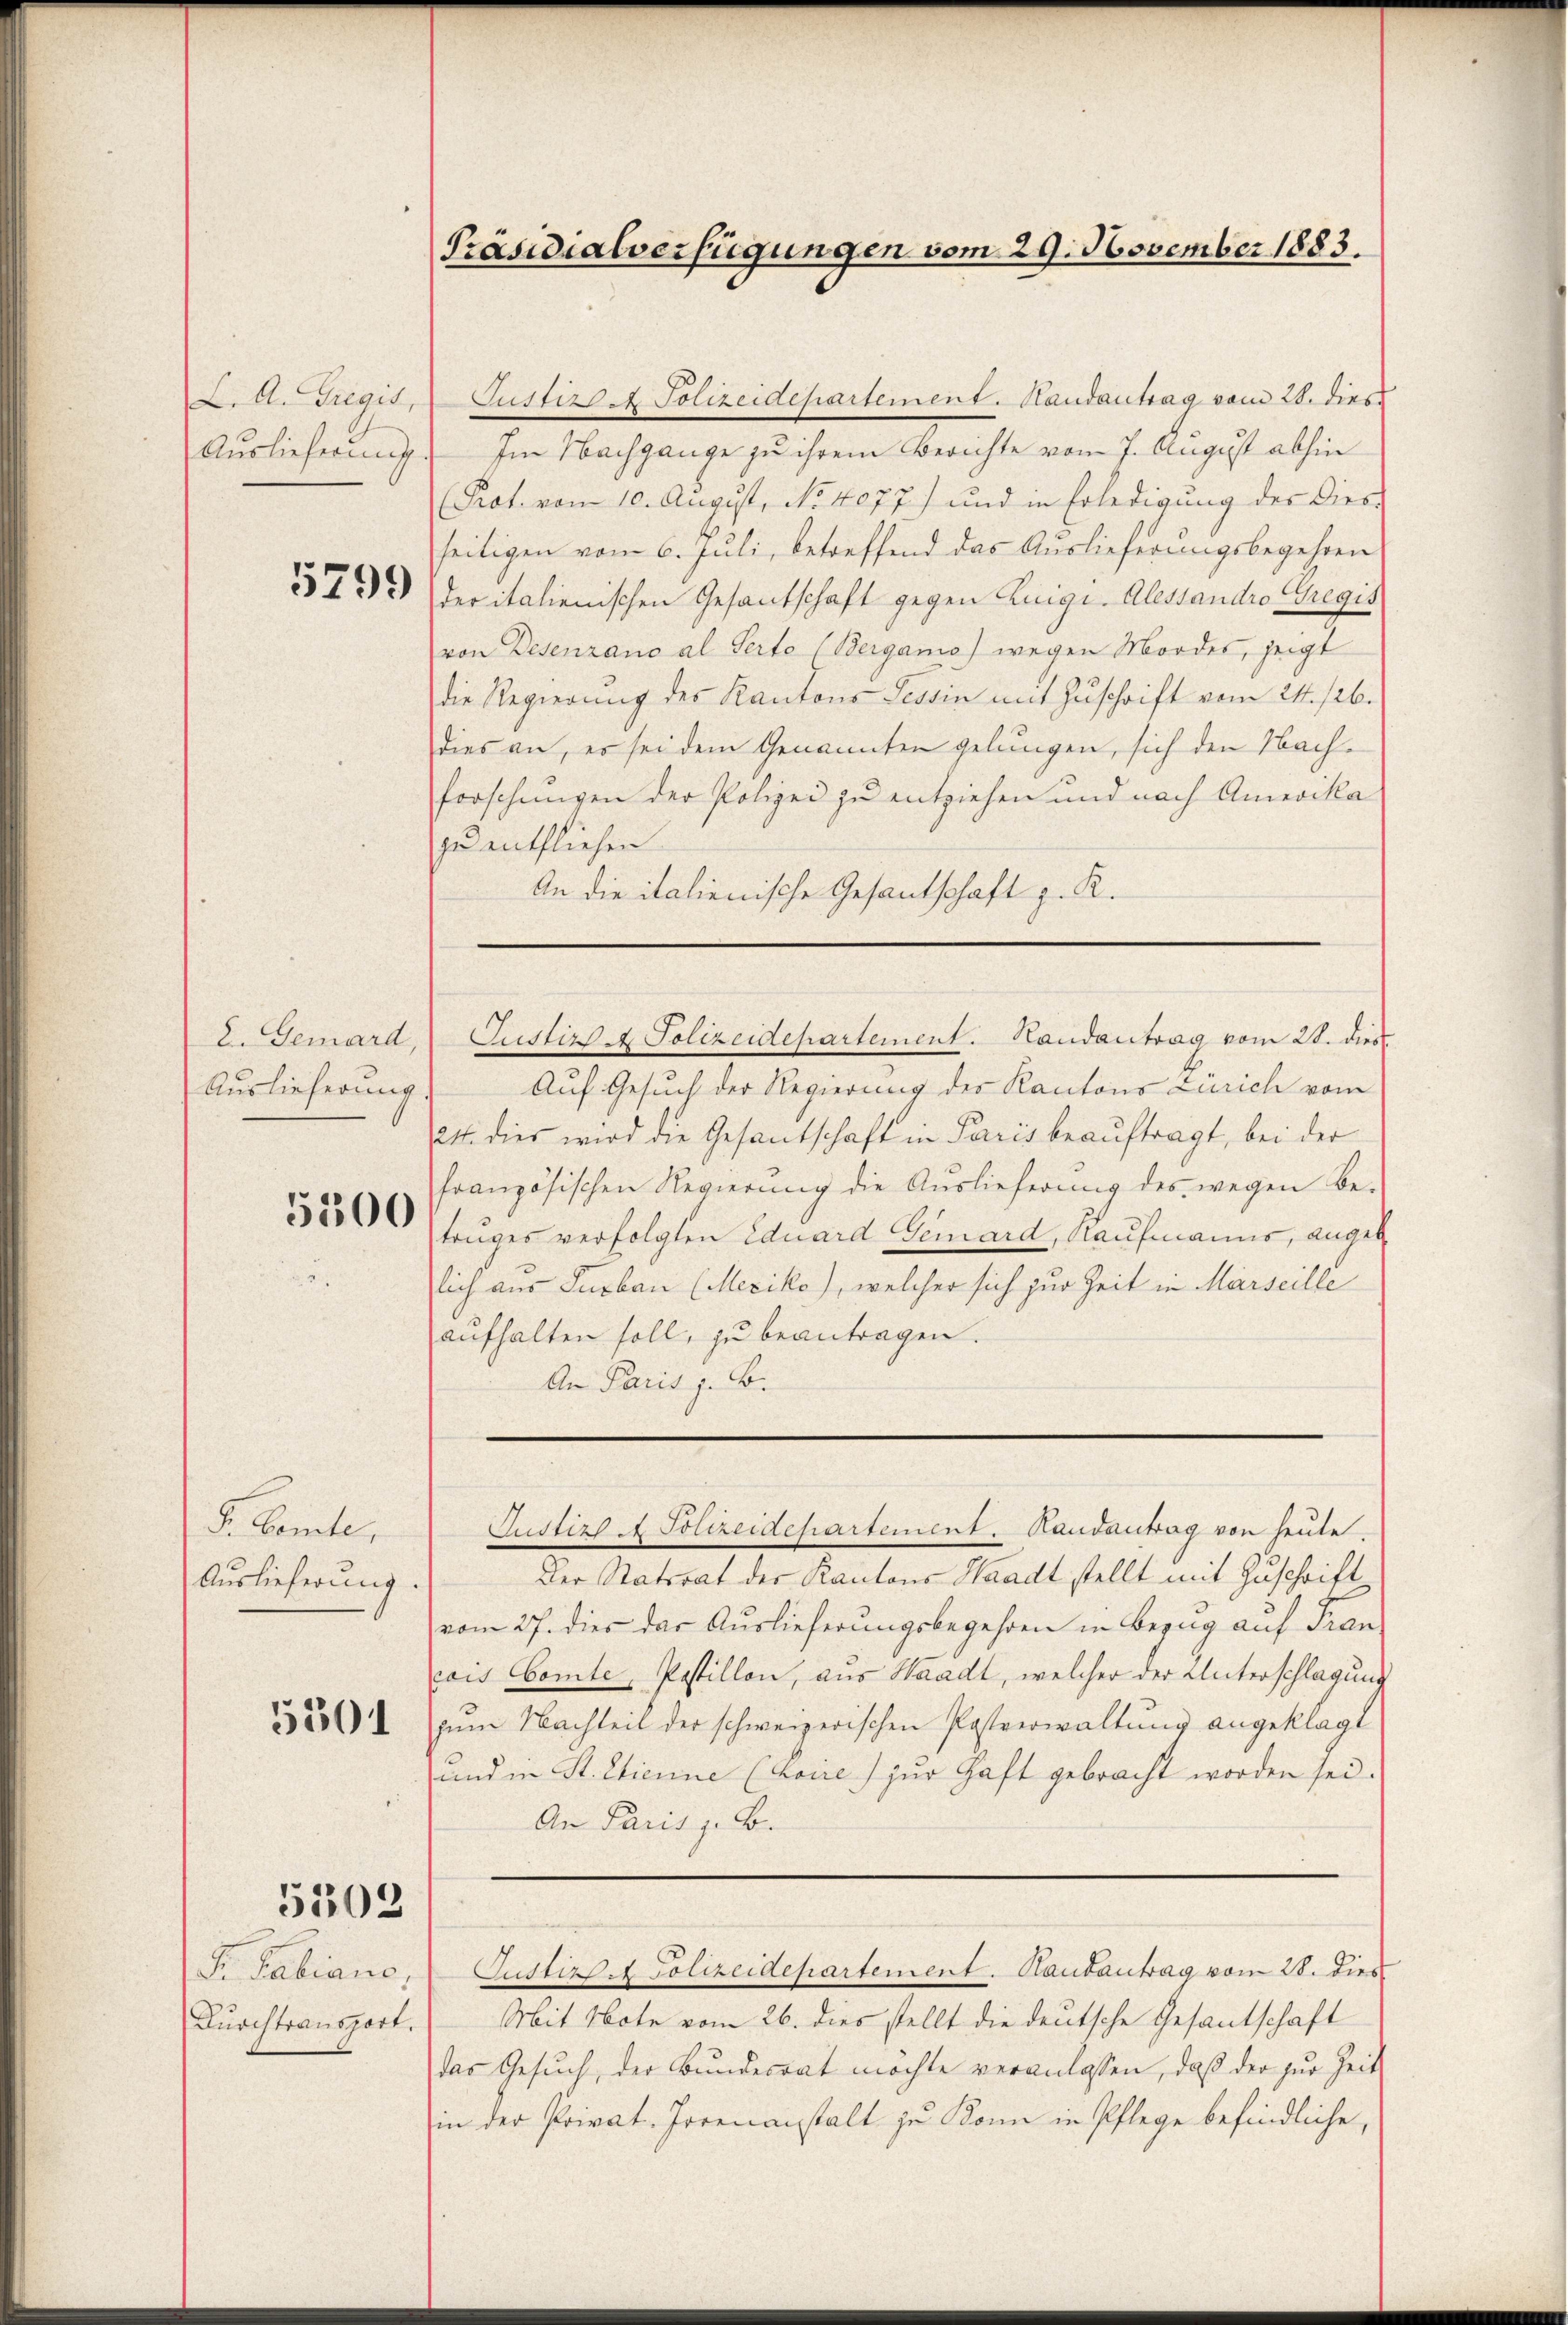
L. A. Gregis,
Auslieferung

5799

E. Gemard,
Auslieferung

5300

S. Comte,
Auslieferung.

5201

5503

Fr. Sabiano,
Durchtransport.

Präsidialverfügungen vom 29. November 1883.

Justiz - Polizeidepartement. Randantrag vom 28. dies
Im Nachgange zu ihrem Berichte vom 7. August abhin
Prot. vom 10. August, No. 4077) und in Erledigung des Dies-
seitigen vom 6. Juli, betreffend das Auslieferungsbegehren
der italienischen Gesantschaft gegen Luigi. Alessandro Gregis
von Desenrano al Serto (Berganio) wegen Mordes, zeigt
die Regierung des Kantons Tessin mit Zŭschrift vom 24. 126.
dies an, es sei dem Genannten gelungen, sich den Nachforschungen der Polizei zu entziehen und nach Amerika
zu entfliehen.
An die italienische Gesantschaft z. R.
Justiz & Polizeidepartement. Handantrag vom 28. dies
Auf Gesuch der Regierung des Kantons Zürich vom
224. dies wird die Gesantschaft in Paris beauftragt, bei der
französischen Regierung die Auslieferung des wegen Be-
truges verfolgten Eduard Gemard, Kaufmanns, angeb
lich aus Surban (Mexiko), welcher sich zur Zeit in Marseille
aufhalten soll, zu beantragen.
An Paris z. B.

Justiz - Polizeidepartement. Handantrag von heute.
Der Ratsrat der Kantons Waadt stellt mit Zuschrift
vom 27. dies das Auslieferungsbegehren in Bezug auf Fran
cis Comte, Postillon, aus Waadt, welcher der Unterschlagung
zum Nachteil der schweizerischen Pastverwaltung angeklagt
und in St. Etienne (koire) zur Haft gebracht worden sei.
An Paris z. B.
Justiz & Polizeidepartement. Hautantrag vom 28. dies
Mit Note vom 26. dies stellt die deutsche Gesantschaft
das Gesuch, der Bundesrat möchte veranlassen, daß der zur Zeit
in der Privat-Jorenanstalt zu Kann in Pflege befindliche,